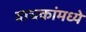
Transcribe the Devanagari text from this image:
वाचकांमध्ये